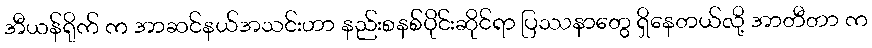
အီယန်ရိုက် က အာဆင်နယ်အသင်းဟာ နည်းစနစ်ပိုင်းဆိုင်ရာ ပြဿနာတွေ ရှိနေတယ်လို့ အာတီတာ က